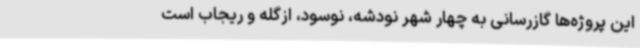
این پروژه‌ها گازرسانی به چهار شهر نودشه، نوسود، ازگله و ریجاب است